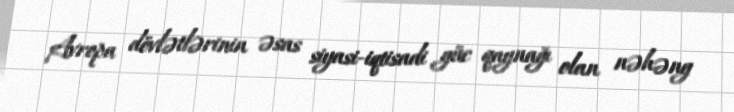
Avropa dövlətlərinin əsas siyasi-iqtisadi güc qaynağı olan nəhəng